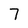
Character: 7